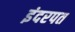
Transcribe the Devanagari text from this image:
इंदरपत